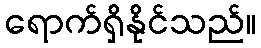
ရောက်ရှိနိုင်သည်။